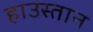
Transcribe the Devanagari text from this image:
हाउस्तान